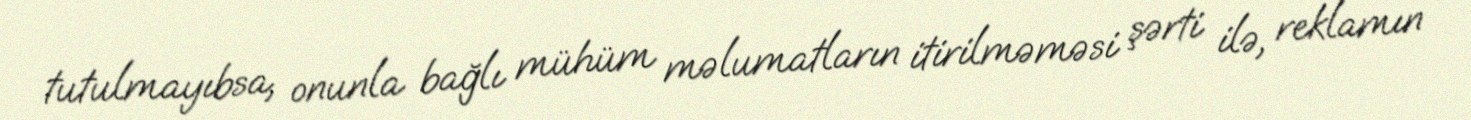
tutulmayıbsa, onunla bağlı mühüm məlumatların itirilməməsi şərti ilə, reklamın